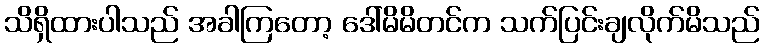
သိရှိထားပါသည် အခါကြတော့ ဒေါ်မိမိတင်က သက်ပြင်းချလိုက်မိသည်